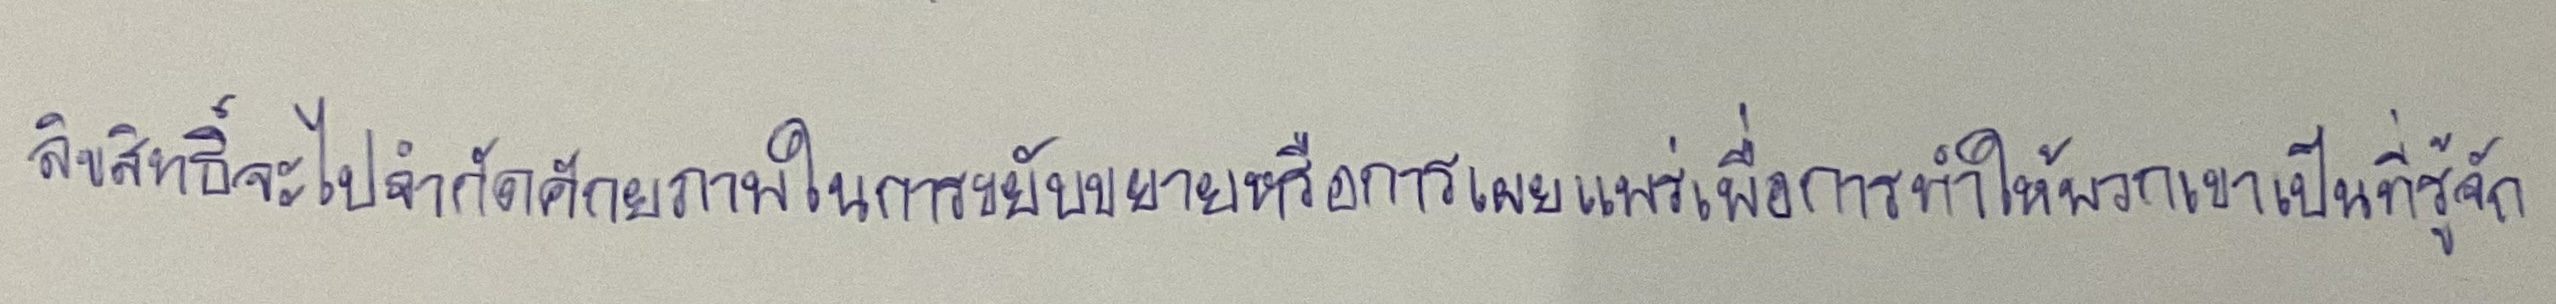
ลิขสิทธิ์จะไปจำกัดศักยภาพในการขยับขยายหรือการเผยแพร่เพื่อการทำให้พวกเขาเป็นที่รู้จัก